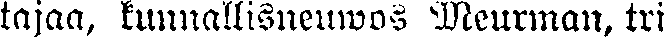
tajaa, kunnallisneuwos Meurman, tri